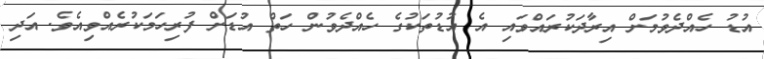
އުޑު ހެއްދެވުމަށް އިރާދަކުރައްވައި އެ އުޑުތަކުގެ ހެއްދެވުން ހަތް އުޑަށް ފުރިހަމަކުރެއްވިއެވެ. އަދި